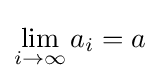
\lim _{i\to \infty }a_{i}=a